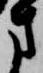
方